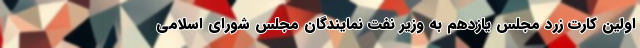
اولین کارت زرد مجلس یازدهم به وزیر نفت نمایندگان مجلس شورای اسلامی